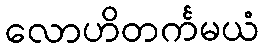
လောဟိတင်္ကမယံ